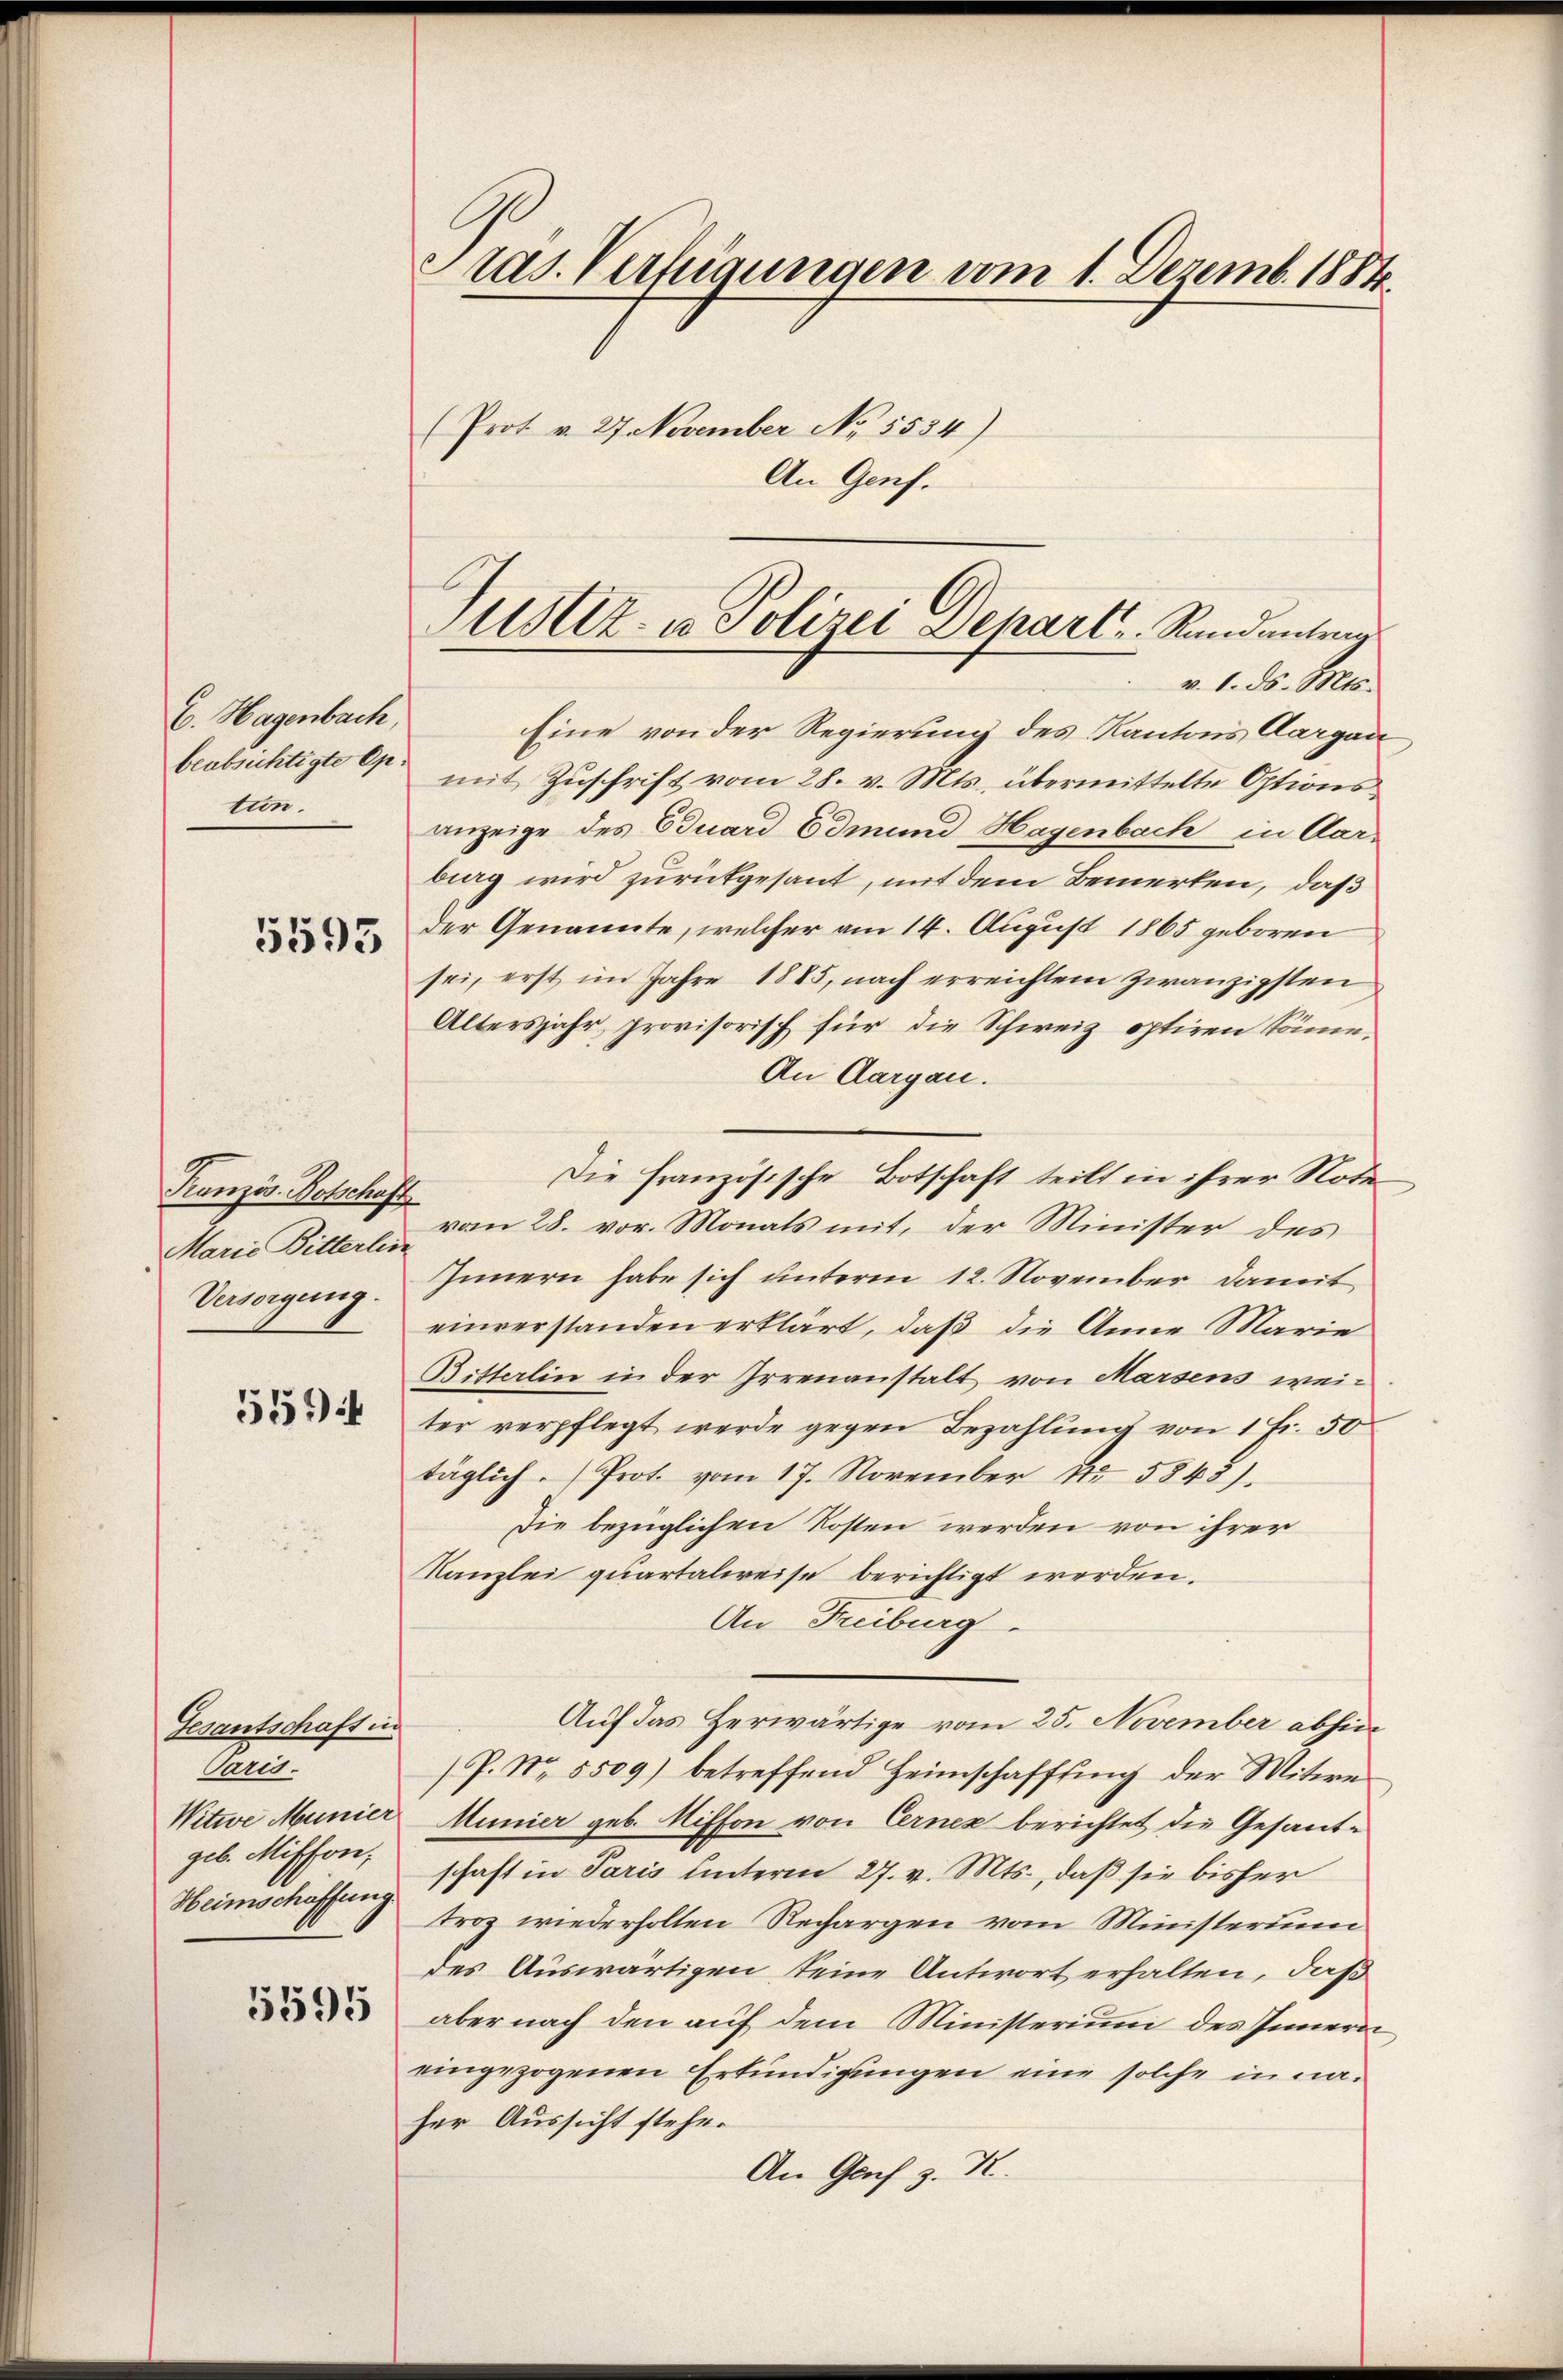
E. Hagenbach,
tun.

5593

Französ. Botschaft
Marie Bitterlin
Versorgung.

55)

Gesantschaft in
Paris.
Witwe Munier
geb. Misson,
Heimschaffung

5595

tas. Verfügungen vom 1. Dezemb. 1884.
(Prot. v. 27. November No. 5534)
An Genf.

Eine von der Regierung des Kantons Aargau
beabsichtigte mit Zuschrift vom 28. v. Mts. übermittelte Optionsanzeige des Eduard Edmund Hagenbach in Aar-
bieg wird zurückgesant, mit dem Bemerken, daß
der Genannte, welcher am 14. August 1865 geboren
sei, erst im Jahre 1885, nach erreichtem zwanzigsten
Altersjahr, provisorisch für die Schweiz optiren könne,
An Aargau.
vom 28. vor. Monats mit, der Minister des
Innern habe sich unterm 12. November damit
einverstanden erklärt, daß die Anna Marie
Bitterlin in der Irrenanstalt von Marsens weiter verpflegt werde gegen Bezahlung von 1 Fr. 50
täglich. Prot. vom 17. November 15845).
Die bezüglichen Kosten werden von ihrer
Kanzlei quartalweise berichtigt werden.
An Freiburg
Auf das Herwärtige vom 25. November abhin
(P. Nr. 5509) betreffend Heimschaffung der Witwe
Annier geb. Riffon von Cernez berichtet die Gesantschaft in Paris hinterm 27. v. Mts., daß sie bisher
troz wiederholten Rechargen vom Ministeriu
des Auswärtigen seine Antwort erhalten, daß
aber nach den auf dem Ministerium des Innern
eingezogenen Erkundigungen eine solche in naher Aussicht stehen
An Genf z. K.

Justiz- u Polizei Depart. Randantrag
v. 1. ds. Mts.

Die Französische Botschaft teilt in ihrer Note